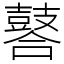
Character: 䶀